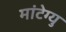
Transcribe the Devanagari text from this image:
मांटेग्यु